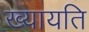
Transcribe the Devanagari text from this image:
ख्यायति